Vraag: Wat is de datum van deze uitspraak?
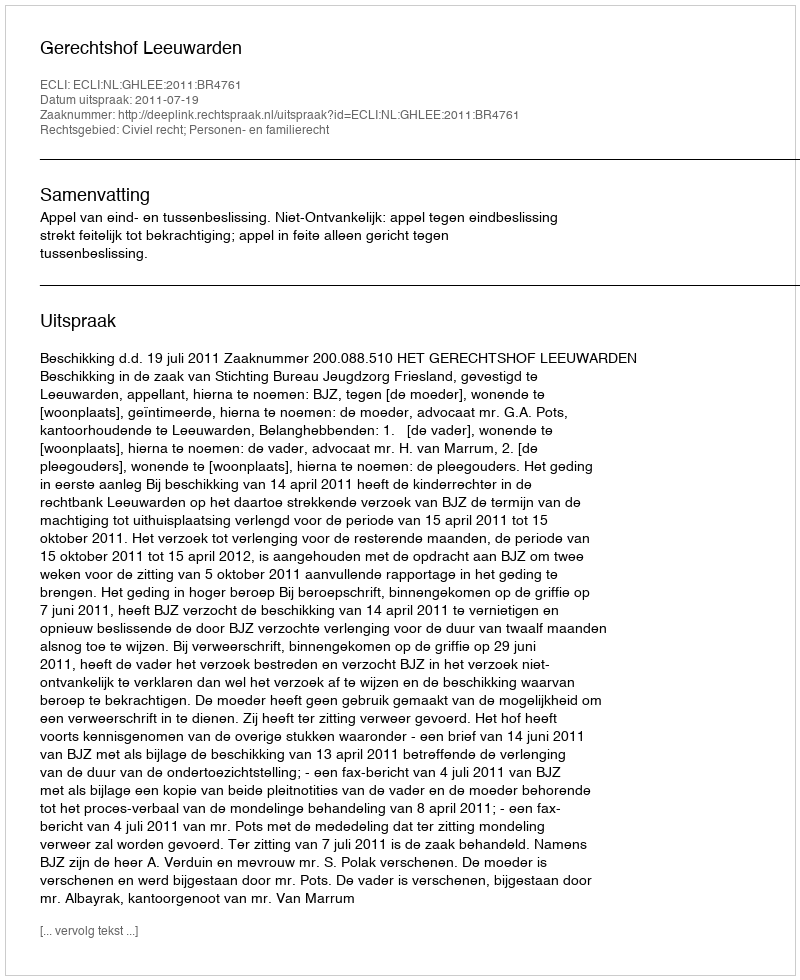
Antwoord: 2011-07-19